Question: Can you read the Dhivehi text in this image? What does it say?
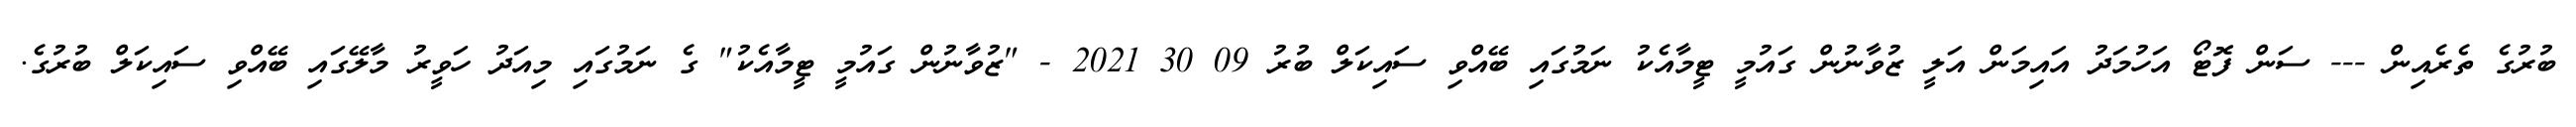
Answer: ބުރުގެ ތެރެއިން --- ސަން ފޮޓޯ އަހުމަދު އައިމަން އަލީ ޒުވާނުން ގައުމީ ޓީމާއެކު ނަމުގައި ބޭއްވި ސައިކަލް ބުރު 09 30 2021 - "ޒުވާނުން ގައުމީ ޓީމާއެކު" ގެ ނަމުގައި މިއަދު ހަވީރު މާލޭގައި ބޭއްވި ސައިކަލް ބުރުގެ.